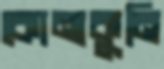
কোনাকুনি